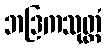
ဘဒြကသုတ္တံ